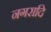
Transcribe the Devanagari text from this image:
नगरादि